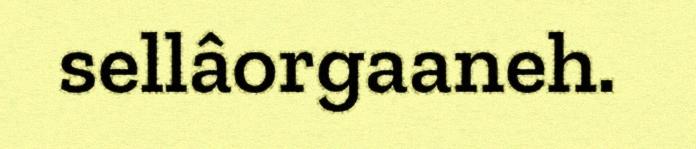
sellâorgaaneh.